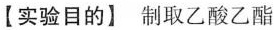
【实验目的】制取乙酸乙酯